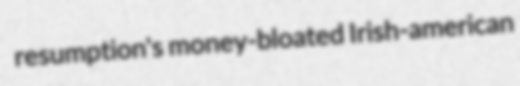
resumption's money-bloated Irish-american